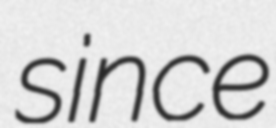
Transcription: since